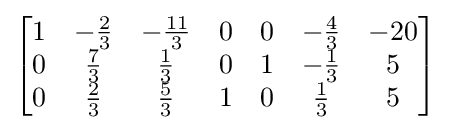
{\begin{bmatrix}1&-{\frac {2}{3}}&-{\frac {11}{3}}&0&0&-{\frac {4}{3}}&-20\\0&{\frac {7}{3}}&{\frac {1}{3}}&0&1&-{\frac {1}{3}}&5\\0&{\frac {2}{3}}&{\frac {5}{3}}&1&0&{\frac {1}{3}}&5\end{bmatrix}}